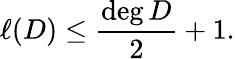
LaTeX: \ell(D)\leq{\frac{\deg D}{2}}+1.